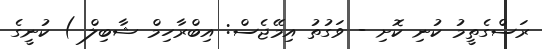
ރަސްގެތީމު ކުނި ކޮށި - ވަގުތު އިމޭޖެސް: އިބްރާހިމް ޝާބިލް ) ކުނީގެ